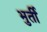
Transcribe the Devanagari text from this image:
भुर्ती